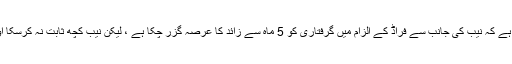
آصف زرداری کی درخواست میں وکیل فاروق ایچ نائیک نے موقف اپنایا ہے کہ نیب کی جانب سے فراڈ کے الزام میں گرفتاری کو 5 ماہ سے زائد کا عرصہ گزر چکا ہے ، لیکن نیب کچھ ثابت نہ کرسکا اور درخواست گزار کو جیل حکام کے رحم و کرم پر نہیں چھوڑا جاسکتا ۔